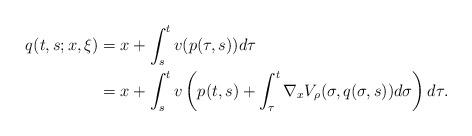
LaTeX: \begin{align*}q(t,s;x,\xi)&=x+\int_s^t v(p(\tau,s)) d\tau \\&=x+\int_s^t v\left(p(t,s)+\int_\tau^t\nabla_x V_\rho(\sigma,q(\sigma,s)) d\sigma\right) d\tau .\end{align*}